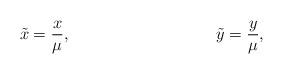
LaTeX: \begin{align*}\tilde{x} &= \frac{x}{\mu}, &\tilde{y} &= \frac{y}{\mu},\end{align*}